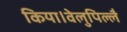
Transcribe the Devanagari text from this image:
किया।वेलुपिल्लै